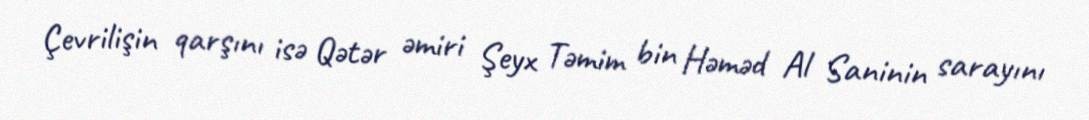
Çevrilişin qarşını isə Qətər əmiri Şeyx Təmim bin Həməd Al Saninin sarayını